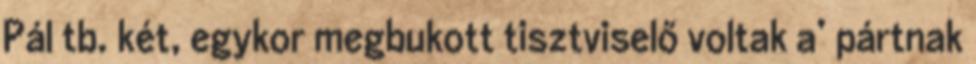
Pál tb. két, egykor megbukott tisztviselő voltak a’ pártnak